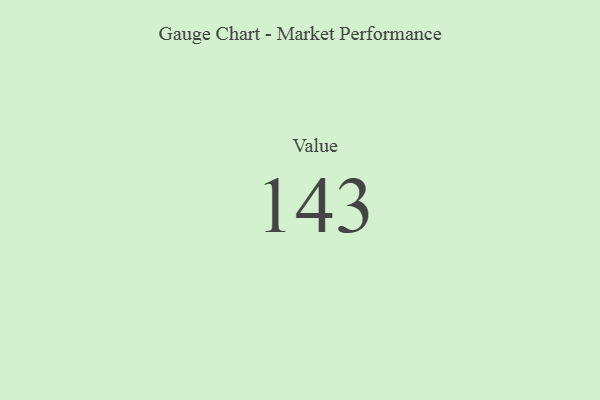
{"axis": {"x": "Metric", "y": "Value"}, "legend": [""], "data": [{"x": "Value", "y": 143, "type": ""}]}